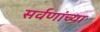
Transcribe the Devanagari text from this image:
सर्वणांच्या